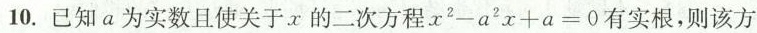
10.已知a为实数且使关于x的二次方程$$x ^ { 2 } - a ^ { 2 } x + a = 0$$有实根，则该方